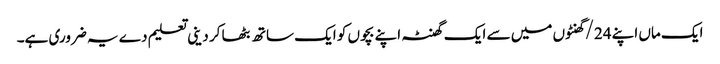
ایک ماں اپنے 24/گھنٹوں میں سے ایک گھنٹہ اپنے بچوں کو ایک ساتھ بٹھا کر دینی تعلیم دے یہ ضروری ہے۔